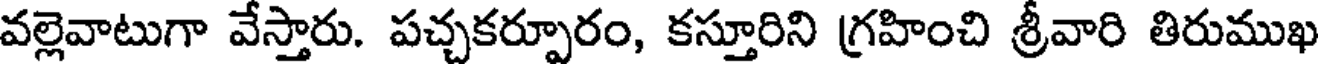
వల్లెవాటుగా వేస్తారు. పచ్చకర్పూరం, కస్తూరిని గ్రహించి శ్రీవారి తిరుముఖ